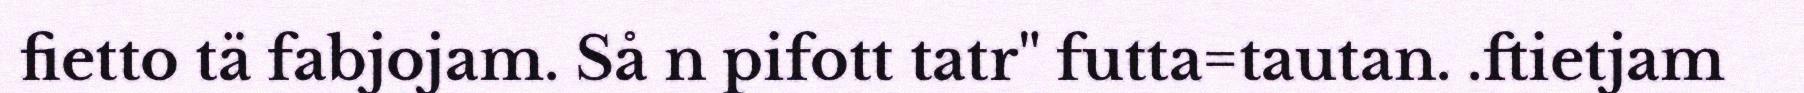
fietto tä fabjojam. Så n pifott tatr" futta=tautan. .ftietjam